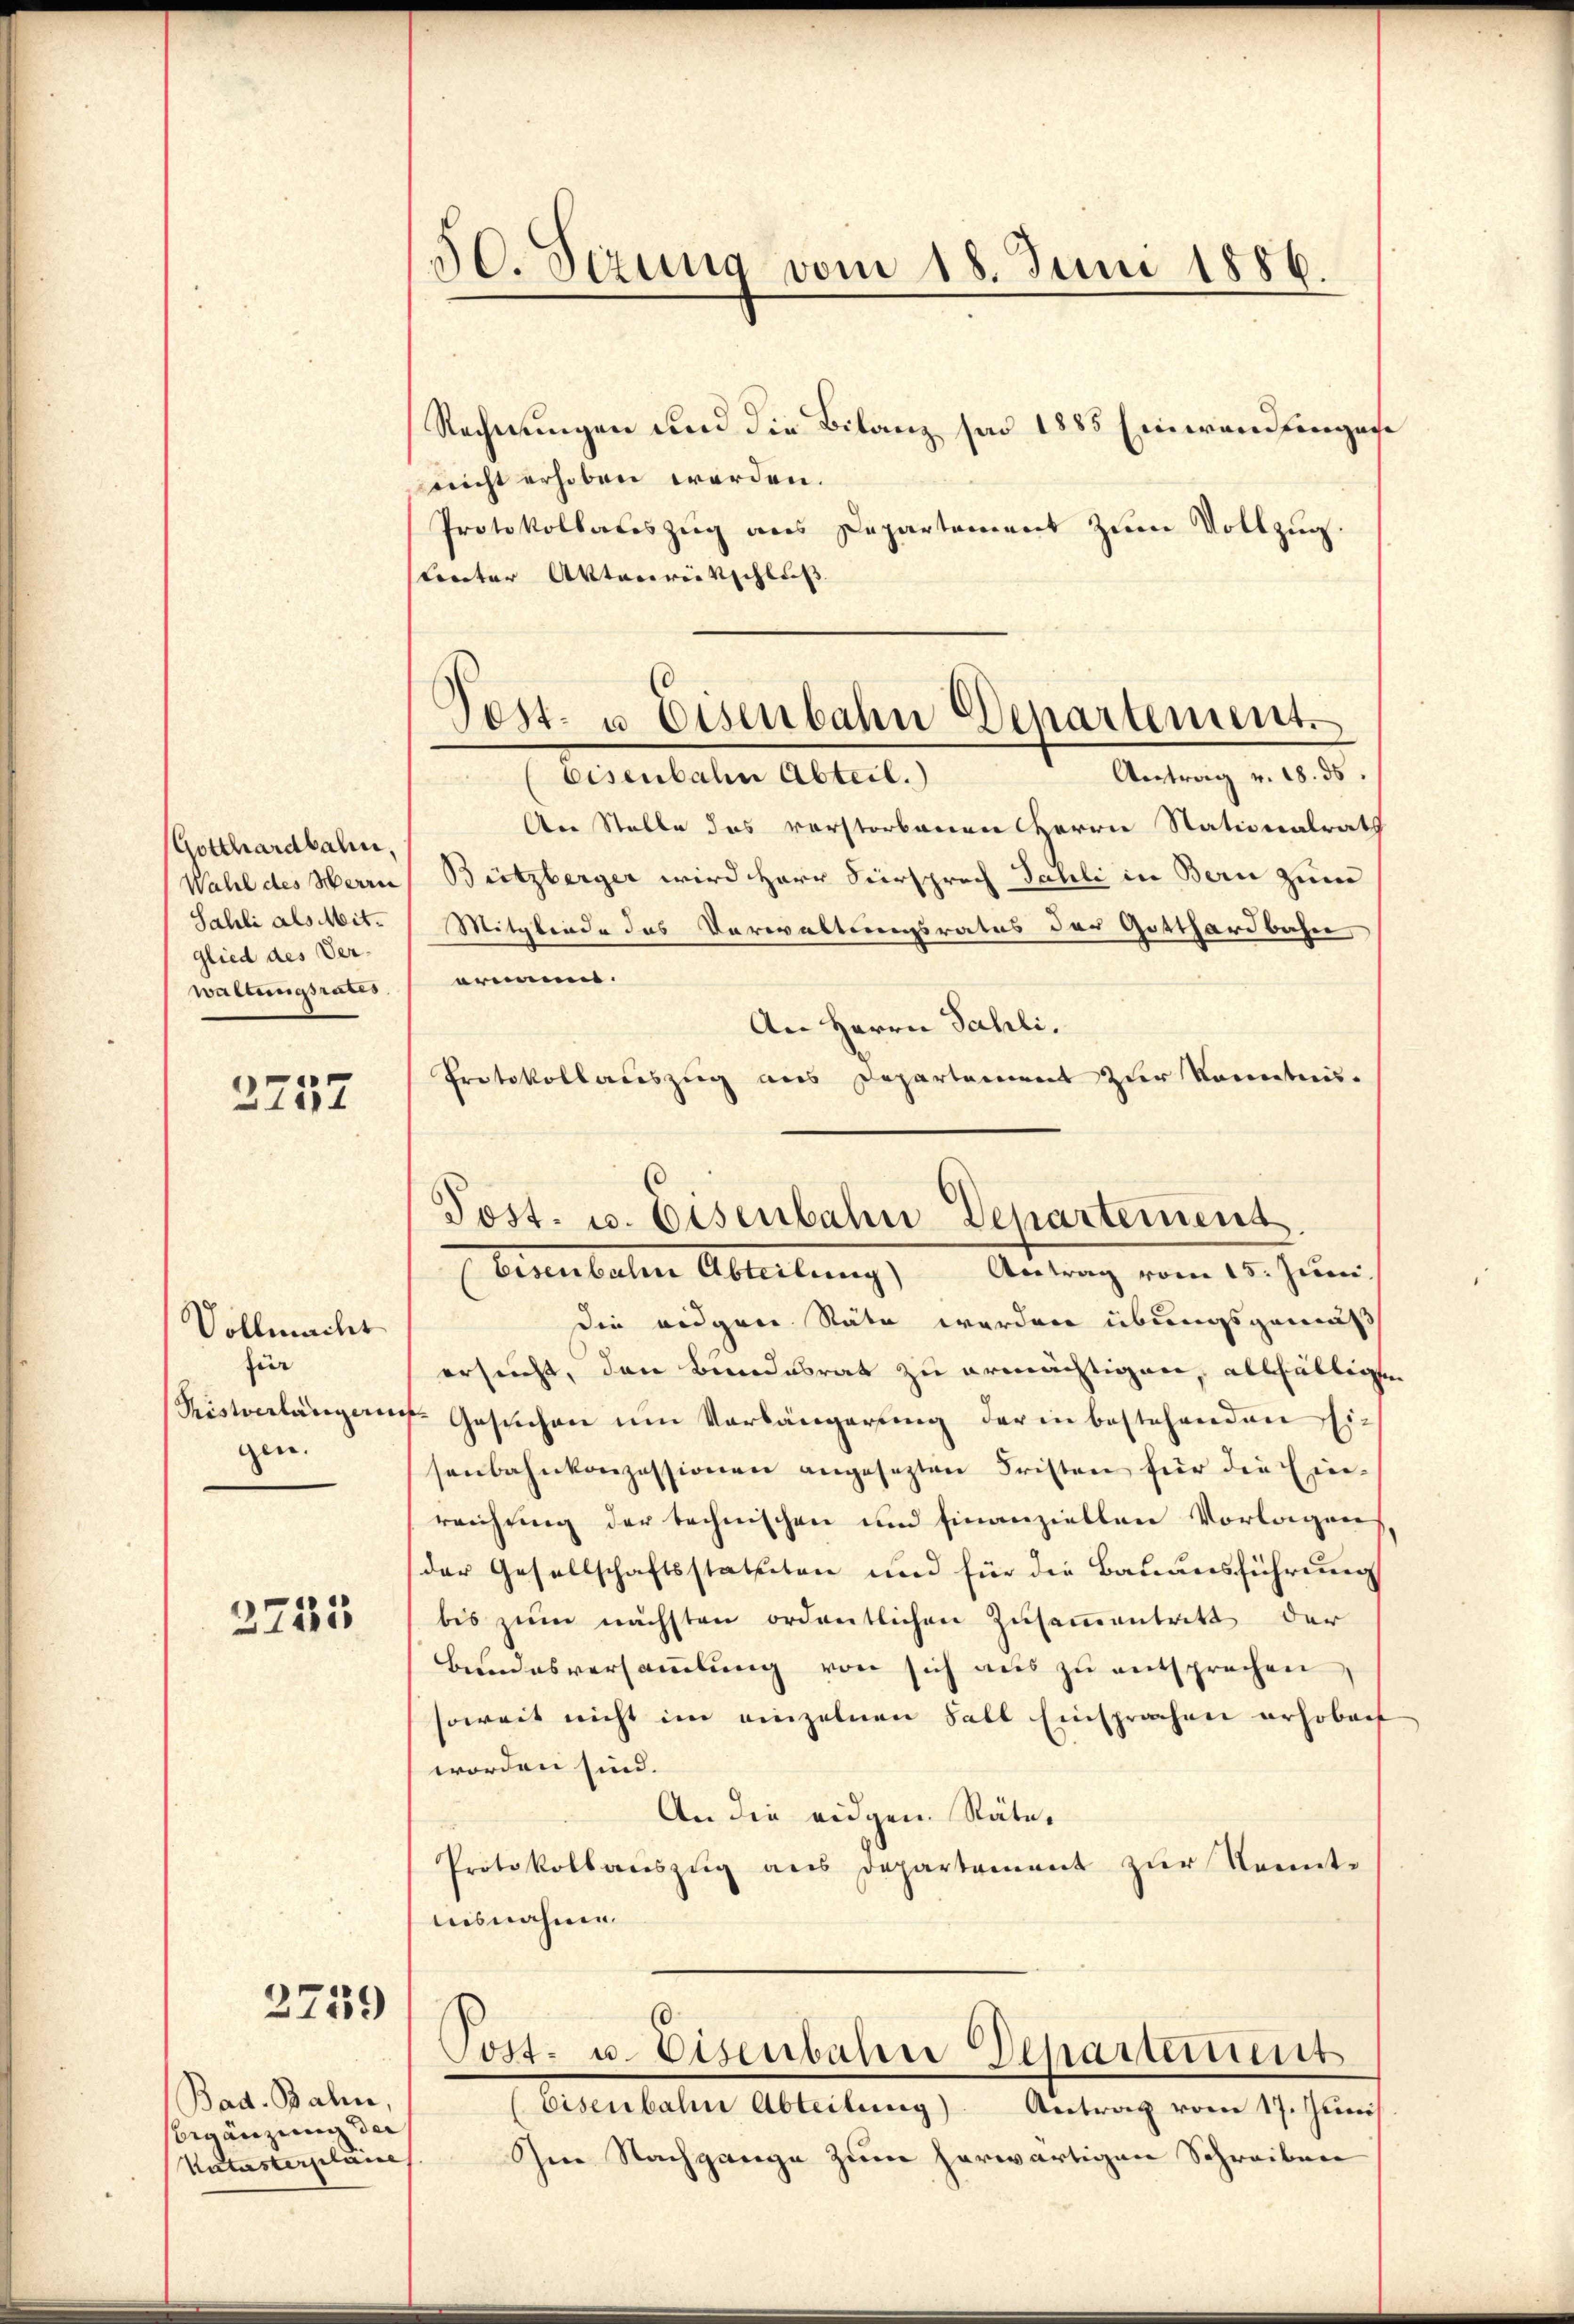
Gotthardbahn,
Wahl des Herrei
Sahli als Mitglied des Verwaltungsrates

2757

Vollmacht
für
Tistverlänger
gen.

3725

2739

Bad. Bahn,
Begänzung der
Katasterplance

50. Sezung vom 18. Juni 1886.

Post- u. Eisenbahn Departement

Rechnungen und die Bilanz par 1885 Einwandtengese
gericht erhoben werden.
Protokollateszug aus Departement zum Vollzug.
linter Aktenreitschluß
Antrag v. 18. ds.
Eisenbahn Abteil.)
An Stelle das vorstorbenen Herrn Stationalrath
Bützberger wird Herr Fürsprech Sahli in Bern zum
Mitgliede das Verwaltungsratus der Gotthardbahn
armen.
An Herrn Sahli.
Protokollauszug aus Departement zur Kenntnis¬
Eisenbahn Abteilung Antrag vom 15. Juni.
die eidgen. Stäte werden übungsgemäß
ersucht, den Bundesrat zu ermächtigen, allfälligten
7. Gesuchen um Vorlängerung der in bestehenden Eisenbahnkonzessionen angesezten Fristen für die Einreichung der technischen und finanziellen Vorlagen
der Gesellschaftsstatteten und für die Bauausführung
bis zum nächsten ordentlichen Zusammentritt der
Bundesversaṁlŭng von sich aŭs zŭ entsprechen,
soweit nicht im einzelnen Fall Einsprachen erhoben
worden sind.
An die eidgen. Räte¬
Protokollaŭszŭg ans Departement zur Kennt-
uisnahme
Post- u. Eisenbahne Departement
eisenbahn Abteilung). Antrag vom 17. Juni
Im Nachgange zum herwärtigen Schreiben

Post. u. Eisenbahn-Departement